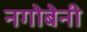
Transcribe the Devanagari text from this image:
नगोबेनी